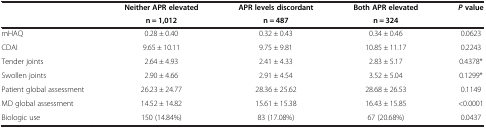
<table><thead><tr><td><b> </b></td><td><b>Neither APR elevated</b></td><td><b>APR levels discordant</b></td><td><b>Both APR elevated</b></td><td><b><i>P </i>value</b></td></tr><tr><td><b> </b></td><td><b>n = 1,012</b></td><td><b>n = 487</b></td><td><b>n = 324</b></td><td><b> </b></td></tr></thead><tbody><tr><td>mHAQ</td><td>0.28 ± 0.40</td><td>0.32 ± 0.43</td><td>0.34 ± 0.46</td><td>0.0623</td></tr><tr><td>CDAI</td><td>9.65 ± 10.11</td><td>9.75 ± 9.81</td><td>10.85 ± 11.17</td><td>0.2243</td></tr><tr><td>Tender joints</td><td>2.64 ± 4.93</td><td>2.41 ± 4.33</td><td>2.83 ± 5.17</td><td>0.4378*</td></tr><tr><td>Swollen joints</td><td>2.90 ± 4.66</td><td>2.91 ± 4.54</td><td>3.52 ± 5.04</td><td>0.1299*</td></tr><tr><td>Patient global assessment</td><td>26.23 ± 24.77</td><td>28.36 ± 25.62</td><td>28.68 ± 26.53</td><td>0.1149</td></tr><tr><td>MD global assessment</td><td>14.52 ± 14.82</td><td>15.61 ± 15.38</td><td>16.43 ± 15.85</td><td>&lt;0.0001</td></tr><tr><td>Biologic use</td><td>150 (14.84%)</td><td>83 (17.08%)</td><td>67 (20.68%)</td><td>0.0437</td></tr></tbody></table>